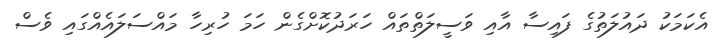
އެކަމަކު ދައުލަތުގެ ފައިސާ އާއި ވަސީލަތްތައް ހަރަދުކޮށްގެން ހަމަ ހުރިހާ މައްސަލައެއްގައި ވެސް